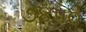
૭૪૫૦